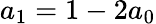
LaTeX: a_{1}=1-2a_{0}